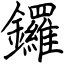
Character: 鑼